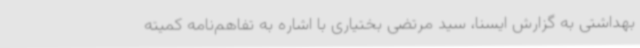
بهداشتی به گزارش ایسنا، سید مرتضی بختیاری با اشاره به تفاهم‌نامه کمیته